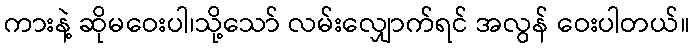
ကားနဲ့ ဆိုမဝေးပါ၊သို့သော် လမ်းလျှောက်ရင် အလွန် ဝေးပါတယ်။